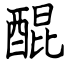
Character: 醌